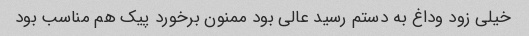
خیلی زود وداغ به دستم رسید عالی بود ممنون برخورد پیک هم مناسب بود